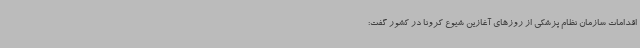
اقدامات سازمان نظام پزشکی از روزهای آغازین شیوع کرونا در کشور گفت: